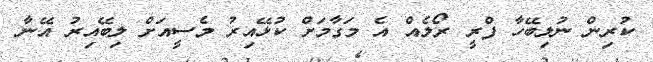
ކުރިން ނުލިބޭހާ ފްރީ ރޯލެއް އެ މަގާމަށް ކުޅޭއިރު މެސީއަށް ލިބޭއިރު އޭނާ